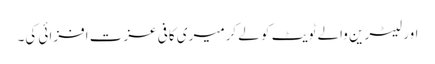
اور لیٹرین والے ٹویٹ کو لے کرمیری کافی عزت افزائی کی۔